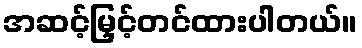
အဆင့်မြှင့်တင်ထားပါတယ်။